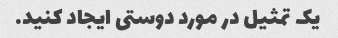
یک تمثیل در مورد دوستی ایجاد کنید.